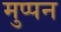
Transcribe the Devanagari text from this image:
मुप्पन